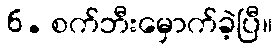
6. စက်ဘီးမှောက်ခဲ့ပြီ။